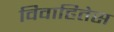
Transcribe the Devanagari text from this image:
विवाहितेस